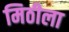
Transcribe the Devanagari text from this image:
मिठीला